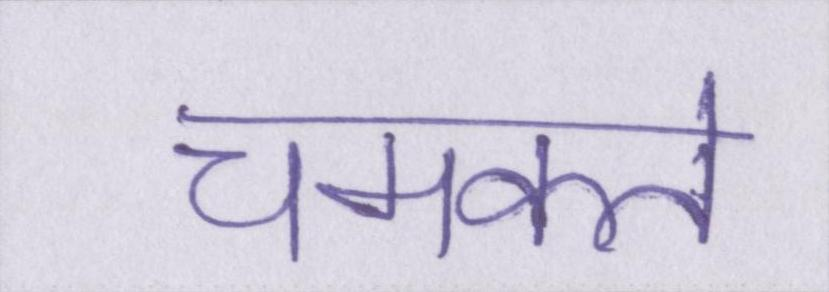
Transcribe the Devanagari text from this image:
चमकते